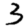
Digit: 3